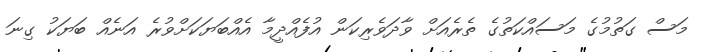
މަސް ގަތުމުގެ މަސައްކަތުގެ ތެރެއަށް ވާދަވެރިކަން އުފެއްދީމާ އެއްބަޔަކަށްވުރެ އަނެއް ބަޔަކު ގިނަ